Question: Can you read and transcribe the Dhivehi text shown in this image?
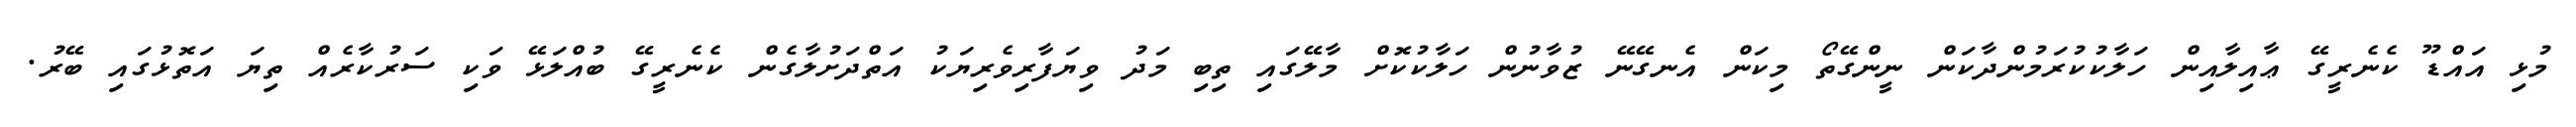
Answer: މުޅި އައްޑޫ ކެނެރީގޭ ޢާއިލާއިން ހަލާކުކުރަމުންދާކަން ނީންގޭތޯ މިކަން އެނގޭނޭ ޒުވާނުން ހަލާކުކޮށް މާލޭގައި ތިބި މަދު ވިޔަފާރިވެރިޔަކު އަތްދަށުލާގެން ކެނެރީގޭ ބުއްލަޅޭ ވަކި ސަރުކާރެއް ތިޔަ އަތޮޅުގައި ބޭރު.